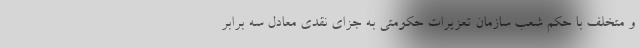
و متخلف با حکم شعب سازمان تعزیرات حکومتی به جزای نقدی معادل سه برابر